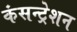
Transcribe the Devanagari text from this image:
कंसन्ट्रेशन